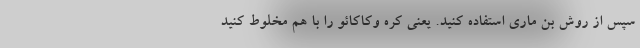
سپس از روش بن ماری استفاده کنید. یعنی کره وکاکائو را با هم مخلوط کنید